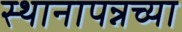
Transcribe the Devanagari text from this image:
स्थानापन्नच्या